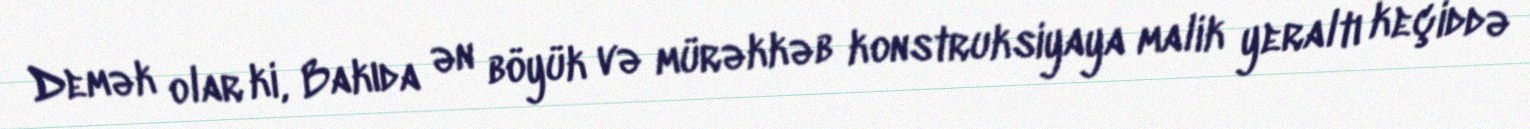
Demək olar ki, Bakıda ən böyük və mürəkkəb konstruksiyaya malik yeraltı keçiddə